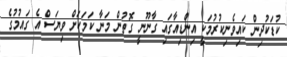
ކުޑަކުދިން ކައިވެނިކުރުމަކީ އިންޑިއާގައި ގާނޫނީ ގޮތުން މަނާ ކަމަކަށް ވިޔަސް އެ ގައުމުގެ